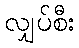
လျှပ်စီး